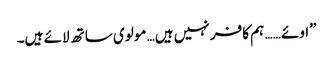
”اوئے …… ہم کافر نہیں ہیں… مولوی ساتھ لائے ہیں۔